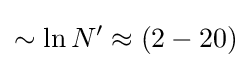
\sim \ln N'\approx (2-20)